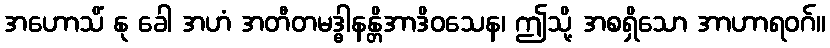
အဟောသိံ နု ခေါ အဟံ အတီတမဒ္ဓါနန္တိအာဒိဝသေန၊ ဤသို့ အစရှိသော အာဟာရဝဂ်။